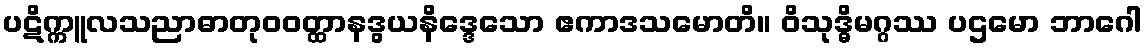
ပဋိက္ကူလသညာဓာတုဝဝတ္ထာနဒွယနိဒ္ဒေသော ဧကာဒသမောတိ။ ဝိသုဒ္ဓိမဂ္ဂဿ ပဌမော ဘာဂေါ